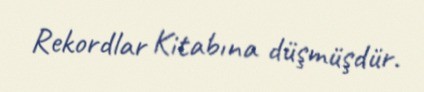
Rekordlar Kitabına düşmüşdür.